Annual vaccination report of Bihar and Orissa - 1911-1928
Year: 1911
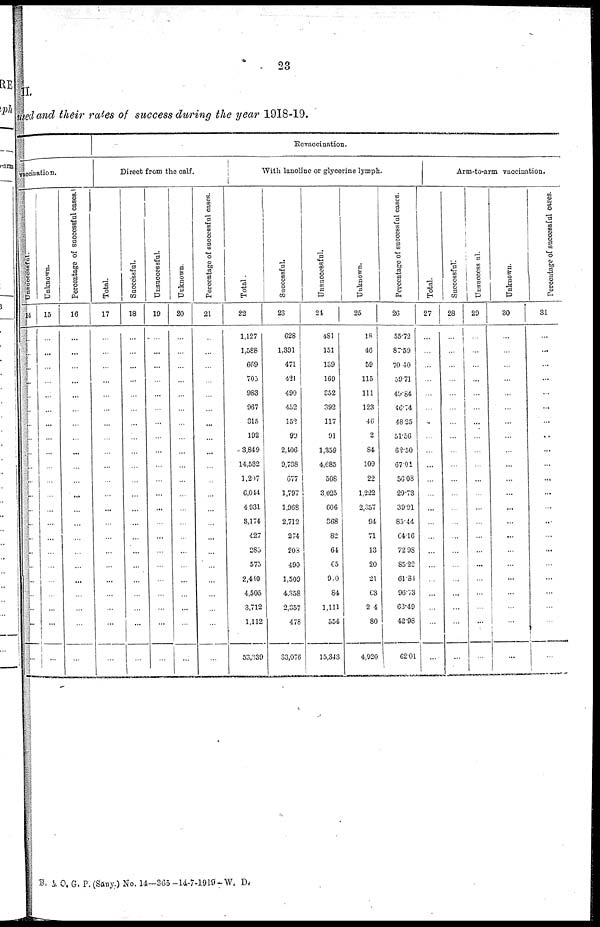
23
II.
used and their rates of success during the year 1918-19.
vaccination.
Unsuccessful.
14
...
...
...
...
...
...
...
...
...
...
...
...
...
...
...
...
...
...
...
...
...
...
Unknown.
15
...
...
...
...
...
...
...
...
...
...
...
...
...
...
...
...
...
...
...
...
...
...
Percentage of successful cases.
16
...
...
...
...
...
...
...
...
...
...
...
...
...
...
...
...
...
...
...
...
...
...
Re-vaccination.
Direct from the calf.
Total.
17
...
...
...
...
...
...
...
...
...
...
...
...
...
...
...
...
...
...
...
...
...
...
Successful.
18
...
...
...
...
...
...
...
...
...
...
...
...
...
...
...
...
...
...
...
...
...
...
Unsuccessful.
19
...
...
...
...
...
...
...
...
...
...
...
...
...
...
...
...
...
...
...
...
...
...
Unknown.
20
...
...
...
...
...
...
...
...
...
...
...
...
...
...
...
...
...
...
...
...
...
...
Percentage of successful cases.
21
...
...
...
...
...
...
...
...
...
...
...
...
...
...
...
...
...
...
...
...
...
...
With lanoline or glycerine lymph.
Total.
22
1,127
1,588
669
703
983
967
315
192
3,849
14,532
1,297
6,044
4,931
3,174
427
285
575
2,440
4,505
3,712
1,112
53,339
Successful.
23
628
1,391
471
421
490
452
152
90
2,406
9,738
677
1,797
1,968
2,712
274
208
490
1,509
4,358
2,357
478
33,076
Unsuccessful.
24
481
151
139
169
352
392
117
91
1,359
4,685
508
3,025
606
368
82
64
65
910
84
1,111
554
15,343
Unknown.
25
18
46
59
115
111
123
46
2
84
109
22
1,222
2,357
94
71
13
20
21
63
24
80
4,920
Percentage of successful cases.
26
55.72
87.59
70.40
59.71
49.84
46.74
48.25
51.56
62.50
67.01
56.08
29.73
39.91
85.44
64.16
72.98
85.22
61.84
96.73
63.49
42.98
62.01
Arm-to-arm vaccination.
Total.
27
...
...
...
...
...
...
...
...
...
...
...
...
...
...
...
...
...
...
...
...
...
...
Successful.
28
...
...
...
...
...
...
...
...
...
...
...
...
...
...
...
...
...
...
...
...
...
...
Unsuccessful.
29
...
...
...
...
...
...
...
...
...
...
...
...
...
...
...
...
...
...
...
...
...
...
Unknown.
30
...
...
...
...
...
...
...
...
...
...
...
...
...
...
...
...
...
...
...
...
...
...
Percentage of successful cases.
31
...
...
...
...
...
...
...
...
...
...
...
...
...
...
...
...
...
...
...
...
...
...
B. & O. G. P. (Sany.) No. 14—365-14-7-1919-W. D.